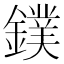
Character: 鏷